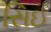
સિઈ